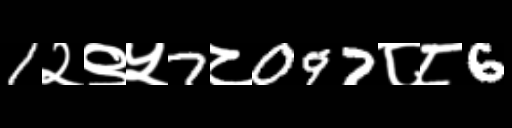
Text: 1२९५7८097८८6